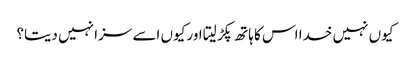
کیوں نہیں خدا اس کا ہاتھ پکڑ لیتا اور کیوں اسے سزا نہیں دیتا؟